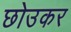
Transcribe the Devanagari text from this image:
छोउकर